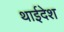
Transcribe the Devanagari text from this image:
थाईदेश